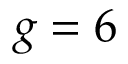
g = 6